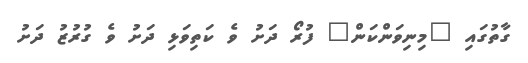
ގާތުގައި "މިނިވަންކަން" ފުރޯ ދަށު ވެ ކަތިވަޅި ދަށު ވެ ގުރުޒު ދަށު